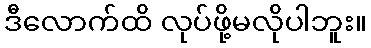
ဒီလောက်ထိ လုပ်ဖို့မလိုပါဘူး။